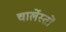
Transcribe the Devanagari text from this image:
चार्लेस्तों